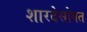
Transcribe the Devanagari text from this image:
शारदेसोबत